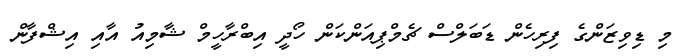
މި ޑިވިޒަންގެ ފިރިހެން ޑަބަލްސް ޗެމްޕިއަންކަން ހޯދީ އިބްރާހީމް ޝާމިއު އާއި އިޝްފާން